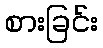
စားခြင်း